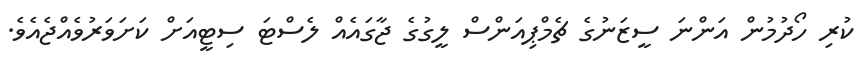
ކުރި ހޯދުމުން އަންނަ ސީޒަނުގެ ޗެމްޕިއަންސް ލީގުގެ ޖާގައެއް ލެސްޓަ ސިޓީއަށް ކަށަވަރުވެއްޖެއެވެ.